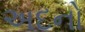
અદનો